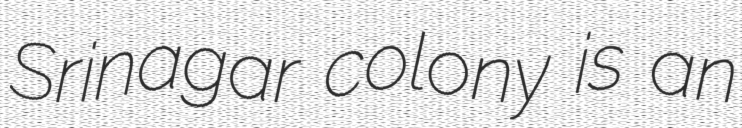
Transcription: Srinagar colony is an